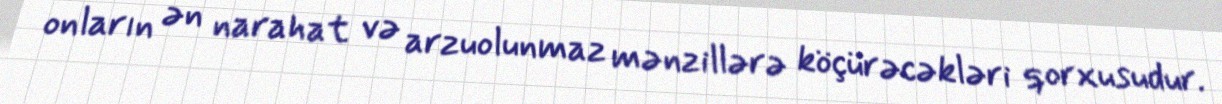
onların ən narahat və arzuolunmaz mənzillərə köçürəcəkləri qorxusudur.